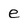
Character: e